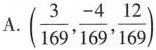
A.(\frac{3}{169}, \frac{-4}{169}, \frac{12}{169})